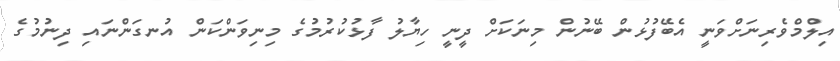
އިލްމްވެރިނަށްވަނީ އެބޭފުޅުން ބޭނުން މިނަކަށް ދީނީ ހިޔާލު ފާޅުކުރުމުގެ މިނިވަންކަން އުނގަންނައި ދިނުމުގެ